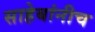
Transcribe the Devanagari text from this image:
साहेबांनीच